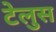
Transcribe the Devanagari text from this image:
टेलुस